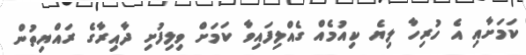
ކަމަށާއި އެ ހުރިހާ ލިޔެ ކިއުމެއް ގެއްލިފައިވާ ކަމަށް ވިލިފުށި ދާއިރާގެ ރައްޔިތުން